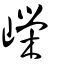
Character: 嶸